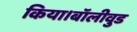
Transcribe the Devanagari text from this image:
किया।बॉलीवुड